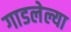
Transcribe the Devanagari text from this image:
गाडलेल्या